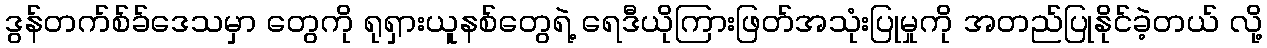
ဒွန်တက်စ်ခ်ဒေသမှာ တွေကို ရုရှားယူနစ်တွေရဲ့ ရေဒီယိုကြားဖြတ်အသုံးပြုမှုကို အတည်ပြုနိုင်ခဲ့တယ် လို့